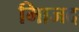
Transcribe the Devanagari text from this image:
मािजद